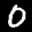
Label: 0